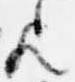
歟